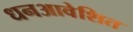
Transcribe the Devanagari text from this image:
धनआवेशित